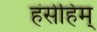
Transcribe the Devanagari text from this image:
हंसेहिम्‌